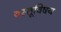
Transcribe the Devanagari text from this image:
वस्तूविषय